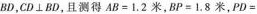
BD，$$CD\perp BD$$，且测得$$AB=1.2$$米，$$BP=1.8$$米，PD=